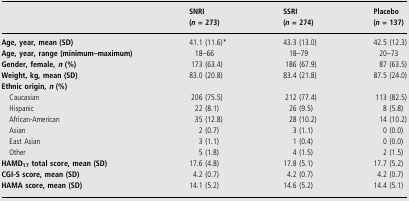
|  | SNRI (n = 273) | SSRI (n = 274) | Placebo (n = 137) |
 | --- | --- | --- | --- |
 | Age, year, mean (SD) | 41.1 (11.6)* | 43.3 (13.0) | 42.5 (12.3) |
 | Age, year, range (minimum–maximum) | 18–66 | 18–79 | 20–73 |
 | Gender, female, n (%) | 173 (63.4) | 186 (67.9) | 87 (63.5) |
 | Weight, kg, mean (SD) | 83.0 (20.8) | 83.4 (21.8) | 87.5 (24.0) |
 | <COLSPAN=4> Ethnic origin, n (%) |
 | Caucasian | 206 (75.5) | 212 (77.4) | 113 (82.5) |
 | Hispanic | 22 (8.1) | 26 (9.5) | 8 (5.8) |
 | African-American | 35 (12.8) | 28 (10.2) | 14 (10.2) |
 | Asian | 2 (0.7) | 3 (1.1) | 0 (0.0) |
 | East Asian | 3 (1.1) | 1 (0.4) | 0 (0.0) |
 | Other | 5 (1.8) | 4 (1.5) | 2 (1.5) |
 | HAMD17total score, mean (SD) | 17.6 (4.8) | 17.8 (5.1) | 17.7 (5.2) |
 | CGI-S score, mean (SD) | 4.2 (0.7) | 4.2 (0.7) | 4.2 (0.7) |
 | HAMA score, mean (SD) | 14.1 (5.2) | 14.6 (5.2) | 14.4 (5.1) |